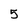
Character: 5